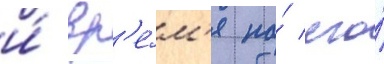
и́ вр'е́м'я по́ его́